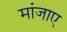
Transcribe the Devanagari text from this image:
मांजाए